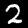
Label: 2